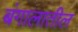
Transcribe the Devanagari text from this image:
बंगालातील